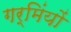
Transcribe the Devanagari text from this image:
गर्मिंयों